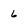
Character: 6